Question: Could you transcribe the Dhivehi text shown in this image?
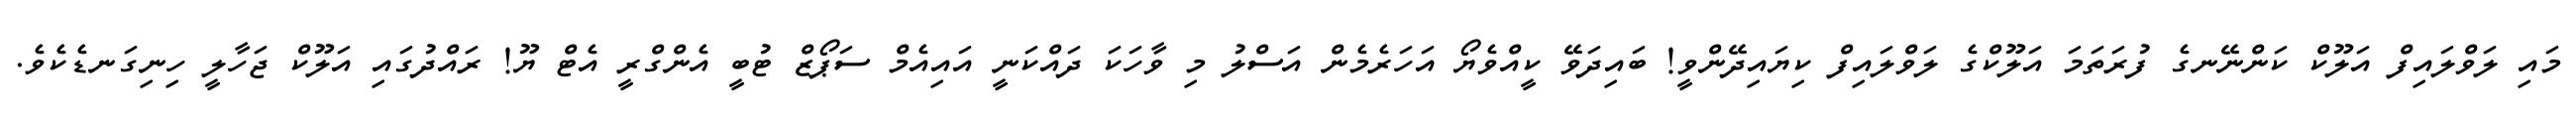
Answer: މައި ލަވްލައިފް އަލޫކް ކަންނޭނގެ ފުރަތަމަ އަލޫކްގެ ލަވްލައިފް ކިޔައިދޭންވީ! ބައިދަވޭ ކީއްވެޔޯ އަހަރެމެން އަސްލު މި ވާހަކަ ދައްކަނީ އައިއެމް ސަޕޯޒް ޓުބީ އެންގްރީ އެޓް ޔޫ! ރައްދުގައި އަލޫކް ޖަހާލީ ހިނިގަނޑެކެވެ.